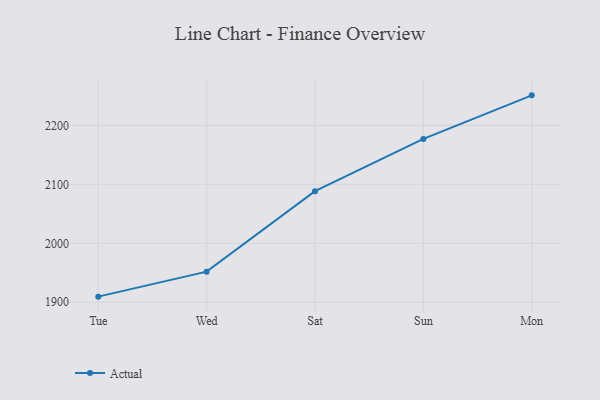
{"axis": {"x": "Day", "y": "Conversion Rate (%)"}, "legend": ["Actual"], "data": [{"x": "Tue", "y": 1909.5, "type": "Actual"}, {"x": "Wed", "y": 1951.9, "type": "Actual"}, {"x": "Sat", "y": 2088.5, "type": "Actual"}, {"x": "Sun", "y": 2177.1, "type": "Actual"}, {"x": "Mon", "y": 2251.0, "type": "Actual"}]}